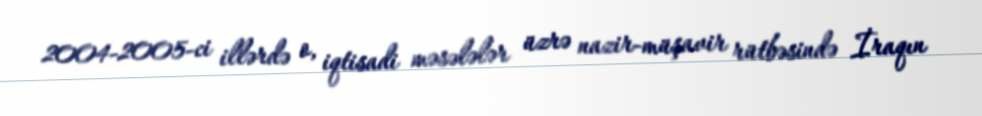
2004-2005-ci illərdə o, iqtisadi məsələlər üzrə nazir-müşavir rütbəsində İraqın